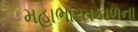
મહાભારતકાળના